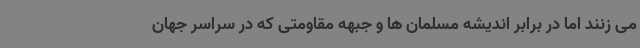
می زنند اما در برابر اندیشه مسلمان ها و جبهه مقاومتی که در سراسر جهان